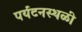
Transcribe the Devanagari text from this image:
पर्यटनस्थळी